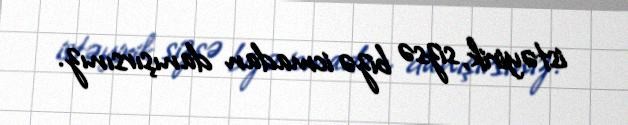
istəyirik, sizsə bizə icmadan danışırsınız.